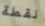
نقطة